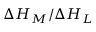
\Delta { H _ { M } } / \Delta { H _ { L } }